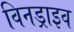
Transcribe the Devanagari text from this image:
विनड्राइव